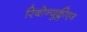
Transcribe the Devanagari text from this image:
रिबोन्युक्लीएज